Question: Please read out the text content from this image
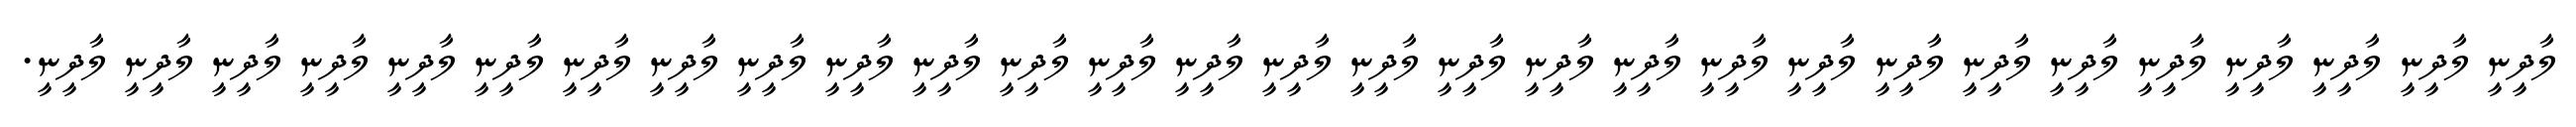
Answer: ލާދީނީ ލާދީނީ ލާދީނީ ލާދީނީ ލާދީނީ ލާދީނީ ލާދީނީ ލާދީނީ ލާދީނީ ލާދީނީ ލާދީނީ ލާދީނީ ލާދީނީ ލާދީނީ ލާދީނީ ލާދީނީ ލާދީނީ ލާދީނީ ލާދީނީ ލާދީނީ ލާދީނީ ލާދީނީ ލާދީނީ ލާދީނީ ލާދީނީ ލާދީނީ ލާދީނީ ލާދީނީ ލާދީނީ.